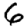
Digit: 6